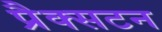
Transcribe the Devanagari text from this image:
प्रैक्सटन